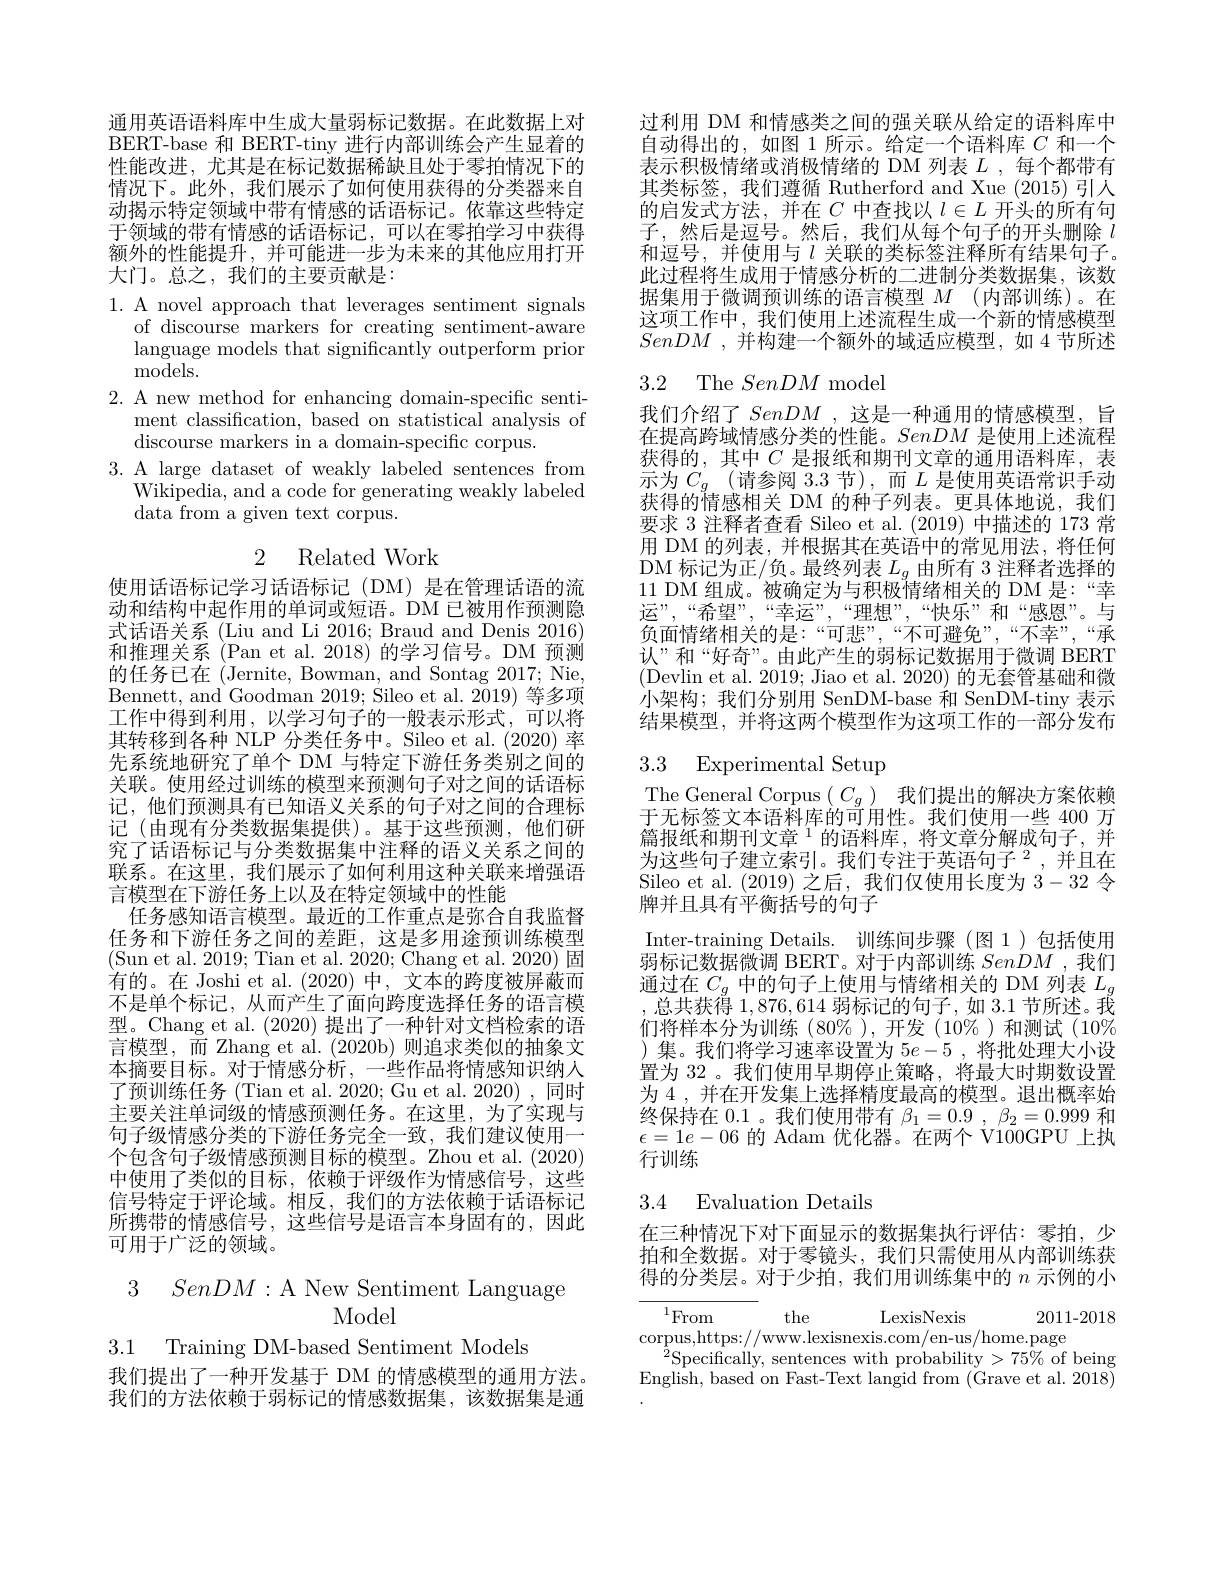
通用英语语料库中生成大量弱标记数据。在此数据上对BERT-base 和 BERT-tiny 进行内部训练会产生显着的性能改进，尤其是在标记数据稀缺且处于零拍情况下的情况下。此外，我们展示了如何使用获得的分类器来自动揭示特定领域中带有情感的话语标记。依靠这些特定于领域的带有情感的话语标记，可以在零拍学习中获得额外的性能提升，并可能进一步为未来的其他应用打开大门。总之，我们的主要贡献是：

1. A novel approach that leverages sentiment signals
of discourse markers for creating sentiment-aware language models that significantly outperform prior ${\mathrm{models.}}$
2. A new method for enhancing domain-specific senti-
ment classification, based on statistical analysis of
discourse markers in a domain-specific corpus.
3. A large dataset of weakly labeled sentences from
Wikipedia, and a code for generating weakly labeled
${\mathrm{data~from~a~given~text~corpus.}}$

## 2 Related Work

使用话语标记学习话语标记(DM)是在管理话语的流动和结构中起作用的单词或短语。DM 已被用作预测隐式话语关系 (Liu and Li 2016; Braud and Denis 2016) 和推理关系 (Pan et al. 2018)的学习信号。DM 预测的任务已在 (Jernite, Bowman, and Sontag 2017; Nie, Bennett, and Goodman 2019; Sileo et al. 2019) 等多项工作中得到利用，以学习句子的一般表示形式，可以将其转移到各种 NLP 分类任务中。Sileo et al.(2020) 率先系统地研究了单个 DM 与特定下游任务类别之间的关联。使用经过训练的模型来预测句子对之间的话语标记，他们预测具有已知语义关系的句子对之间的合理标记(由现有分类数据集提供)。基于这些预测，他们研究了话语标记与分类数据集中注释的语义关系之间的联系。在这里，我们展示了如何利用这种关联来增强语言模型在下游任务上以及在特定领域中的性能
任务感知语言模型。最近的工作重点是弥合自我监督任务和下游任务之间的差距，这是多用途预训练模型(Sun et al. 2019; Tian et al. 2020; Chang et al. 2020)固有的。在 Joshi et al. (2020)中，文本的跨度被屏蔽而不是单个标记，从而产生了面向跨度选择任务的语言模型。Chang et al. (2020) 提出了一种针对文档检索的语言模型，而 Zhang et al.(2020b)则追求类似的抽象文本摘要目标。对于情感分析，一些作品将情感知识纳人了预训练任务 (Tian et al. 2020; Gu et al. 2020) , 同时主要关注单词级的情感预测任务。在这里，为了实现与句子级情感分类的下游任务完全一致，我们建议使用一个包含句子级情感预测目标的模型。Zhou et al. (2020) 中使用了类似的目标，依赖于评级作为情感信号，这些信号特定于评论域。相反，我们的方法依赖于话语标记所携带的情感信号，这些信号是语言本身固有的，因此可用于广泛的领域。

3 $SenDM:$A New Sentiment Language
# Model

3.1 Training DM-based Sentiment Models

我们提出了一种开发基于 DM 的情感模型的通用方法。我们的方法依赖于弱标记的情感数据集，该数据集是通

过利用 DM 和情感类之间的强关联从给定的语料库中自动得出的，如图 1 所示。给定一个语料库$C$和一个表示积极情绪或消极情绪的 DM 列表$L$ ,每个都带有其类标签，我们遵循 Rutherford and Xue (2015) 引人的启发式方法，并在$C$中查找以$l\in L$开头的所有句子，然后是逗号。然后，我们从每个句子的开头删除$l$ 和逗号，并使用与$l$关联的类标签注释所有结果句子。此过程将生成用于情感分析的二进制分类数据集，该数据集用于微调预训练的语言模型$M$(内部训练)。在这项工作中，我们使用上述流程生成一个新的情感模型SenDM ,并构建一个额外的域适应模型，如 4 节所述

# 3.2 The SenDM model

我们介绍了SenDM ,这是一种通用的情感模型，旨在提高跨域情感分类的性能。SenDM是使用上述流程获得的，其中$C$ 是报纸和期刊文章的通用语料库，表示 为 $C_{g}\left ( \text{请 参 阅 3. 3 节 }\right ) $, 而 $L$ 是 使 用 英 语 常 识 手 动 获 得 的 情 感 相 关 DM 的 种 子 列 表 。更 具 体 地 说 , 我 们要求 3 注释者查看 Sileo et al. (2019) 中描述的 173 常用 DM 的列表，并根据其在英语中的常见用法，将任何DM 标记为正/负。最终列表$L_g$由所有 3 注释者选择的11 DM 组成。被确定为与积极情绪相关的 DM 是：“幸运”,“希望”,“幸运”,“理想”,“快乐”和“感恩”。与负面情绪相关的是：“可悲”,“不可避免”,“不幸”,“承认”和“好奇”。由此产生的弱标记数据用于微调 BERT (Devlin et al. 2019; Jiao et al. 2020) 的无套管基础和微小架构；我们分别用 SenDM-base 和 SenDM-tiny 表示结果模型，并将这两个模型作为这项工作的一部分发布

# 3.3 Experimental Setup

The General Corpus $(C_g)$我们提出的解决方案依赖于无标签文本语料库的可用性。我们使用一些 400 万篇报纸和期刊文章$^1$的语料库，将文章分解成句子，并为这些句子建立索引。我们专注于英语句子$^2$,并且在Sileo et al. (2019)之后，我们仅使用长度为3-32令牌并且具有平衡括号的句子
Inter-training Details. 训练间步骤(图1)包括使用弱标记数据微调 BERT。对于内部训练SenDM ,我们通过在$C_g$中的句子上使用与情绪相关的 DM 列表$L_g$ ,总共获得 1,876,614 弱标记的句子，如 3.1 节所述。我们将样本分为训练(80%),开发(10$\%)和测试(10\%)$ )集。我们将学习速率设置为$5e-5$ ,将批处理大小设置为 32 。我们使用早期停止策略，将最大时期数设置为 4 , 并在开发集上选择精度最高的模型。退出概率始终保持在 0.1 。我们使用带有$\beta_1=0.9$ , $\beta_2=0.999$和$\epsilon=1e-06$的 Adam 优化器。在两个 Vi00GPU 上执行训练

## 3.4 Evaluation Details

在三种情况下对下面显示的数据集执行评估：零拍，少拍和全数据。对于零镜头，我们只需使用从内部训练获得的分类层。对于少拍，我们用训练集中的$n$示例的小

2011-2018

$^{1}$From
the
LexisNexis
corpus,https://www.lexisnexis.com/en-us/home.page
$\bar{^2}$Specifically, sentences with probability$>75\%$ of being English, based on Fast- Text langid from ( Grave et al. 2018)